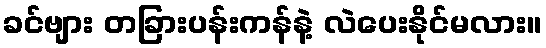
ခင်ဗျား တခြားပန်းကန်နဲ့ လဲပေးနိုင်မလား။